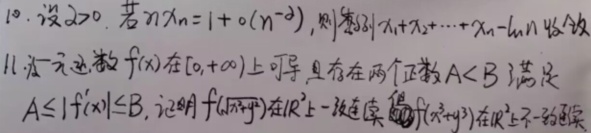
10. 设 $\lambda>0$，若 $n^{\lambda}x_n = 1 + o(n^{-\delta})$，则数列 $x_1 + x_2+\cdots + x_n-\ln n$ 收敛。
11. 设一元函数 $f(x)$ 在 $[0, +\infty)$ 上可导，且存在两个正数 $A < B$ 满足
$A\leq |f'(x)|\leq B$，证明 $f(\sqrt{x + y})$ 在 $\mathbb{R}^2$ 上一致连续，$f(x^2 + y^2)$ 在 $\mathbb{R}^2$ 上不一致连续。